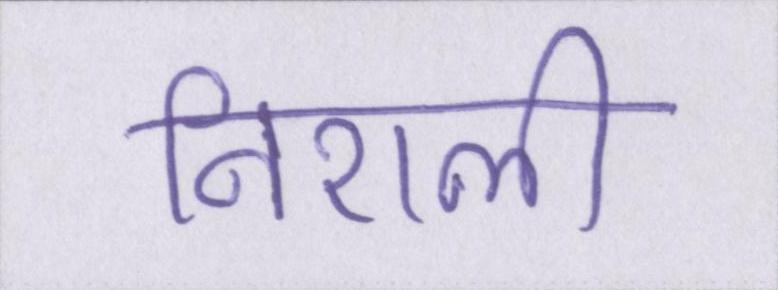
निराली